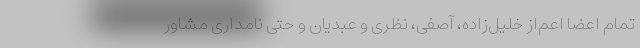
تمام اعضا اعم‌از خلیل‌زاده، آصفی، نظری و عبدیان و حتی نامداری مشاور